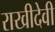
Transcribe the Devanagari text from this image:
राखीदेवी